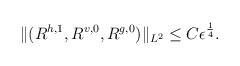
LaTeX: \begin{align*}\begin{aligned}\Vert (R^{h,1},R^{v,0},R^{g,0})\Vert_{L^2}\leq C\epsilon^{\frac{1}{4}}.\end{aligned}\end{align*}